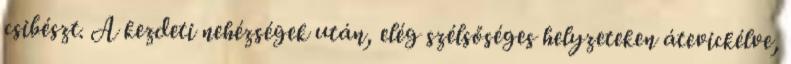
csibészt. A kezdeti nehézségek után, elég szélsőséges helyzeteken átevickélve,